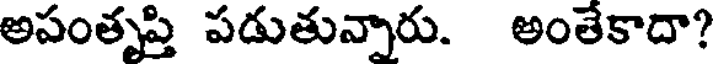
అసంతృప్తి పడుతున్నారు. అంతేకాదా?